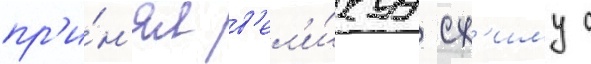
пр'и́н'ял в'ел'и́куу сх'иму с